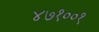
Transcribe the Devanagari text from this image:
४७१००१